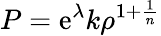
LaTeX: P=\mathrm{e}^{\lambda}k\rho^{1+\frac{{1}}{{n}}}